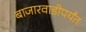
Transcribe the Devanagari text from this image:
बाजारवाडीपर्यंत